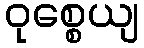
ဝုစ္စေယျ